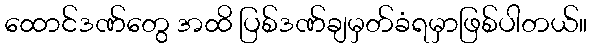
ထောင်ဒဏ်တွေ အထိ ပြစ်ဒဏ်ချမှတ်ခံရမှာဖြစ်ပါတယ်။